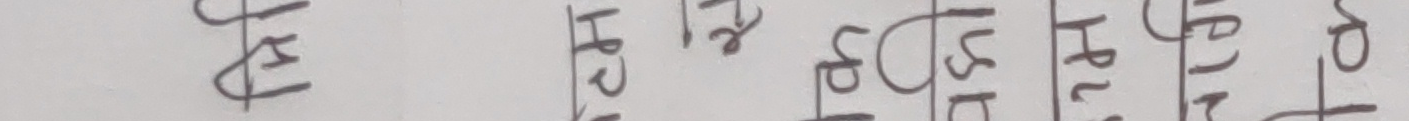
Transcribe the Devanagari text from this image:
पहिलो दोस्रो तेस्रो चौथो पाँचौँ छैटौँ